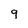
Character: 9